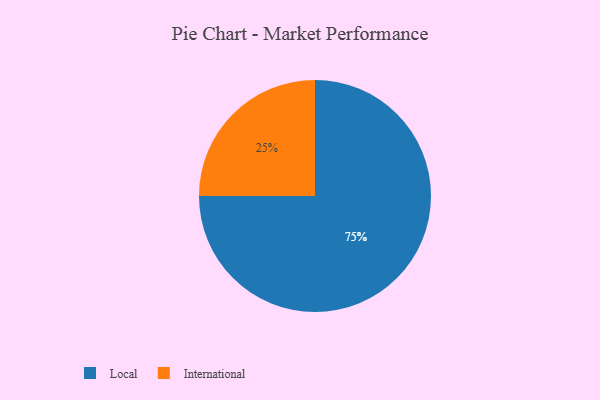
{"axis": {"x": "Category", "y": "Percentage"}, "legend": ["International", "Local"], "data": [{"x": "Local", "y": 75, "type": "Local"}, {"x": "International", "y": 25, "type": "International"}]}